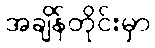
အချိန်တိုင်းမှာ